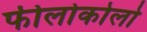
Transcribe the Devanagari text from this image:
फीलोकोलो